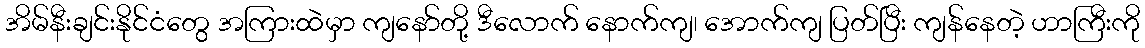
အိမ်နီးချင်းနိုင်ငံတွေ အကြားထဲမှာ ကျနော်တို့ ဒီလောက် နောက်ကျ၊ အောက်ကျ ပြတ်ပြီး ကျန်နေတဲ့ ဟာကြီးကို